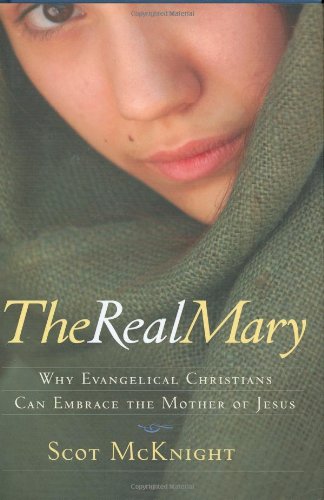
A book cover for The Real Mary: Why Evangelical Christians Can Embrace the Mother of Jesus; Scot McKnight; Christian Books & Bibles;